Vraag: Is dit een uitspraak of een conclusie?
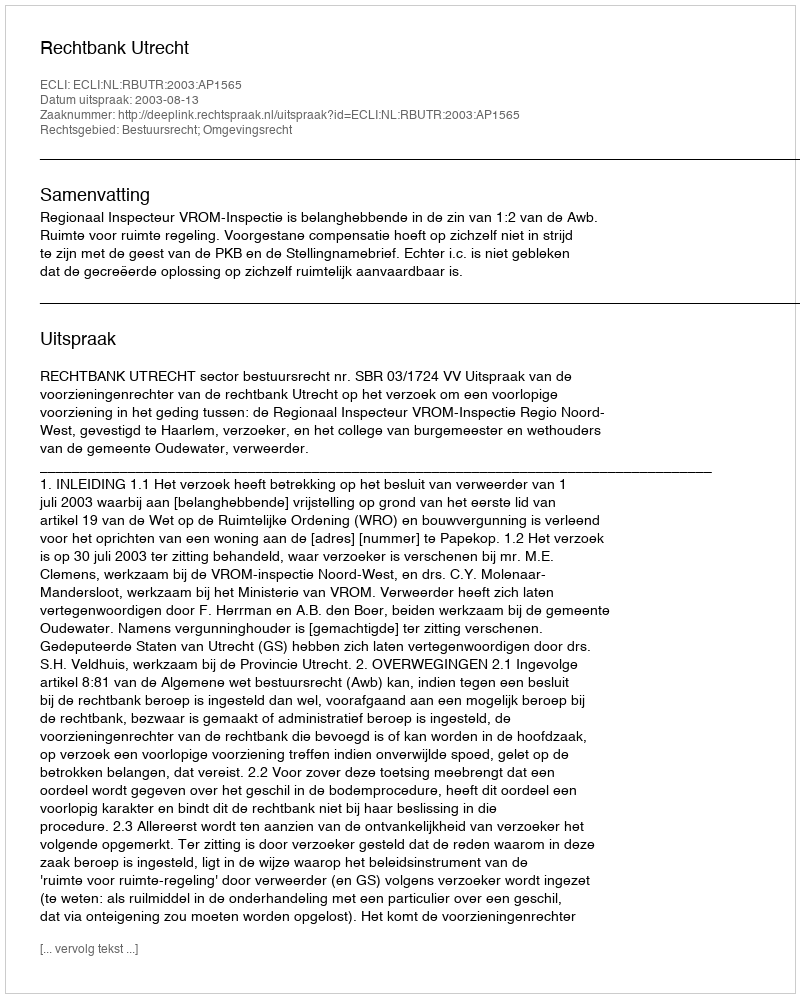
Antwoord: Uitspraak